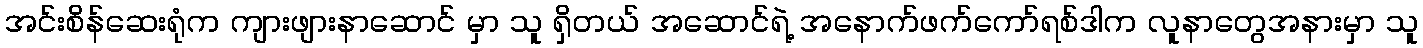
အင်းစိန်ဆေးရုံက ကျားဖျားနာဆောင် မှာ သူ ရှိတယ် အဆောင်ရဲ့ အနောက်ဖက်ကော်ရစ်ဒါက လူနာတွေအနားမှာ သူ